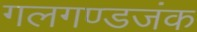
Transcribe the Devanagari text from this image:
गलगण्डजंक